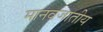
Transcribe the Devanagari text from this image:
मानवजातीय